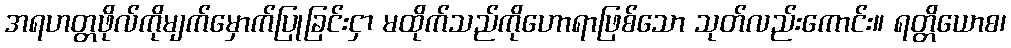
အရဟတ္တဖိုလ်ကိုမျက်မှောက်ပြုခြင်းငှာ မထိုက်သည်ကိုဟောရာဖြစ်သော သုတ်လည်းကောင်း။ ရတ္တိယောစ၊